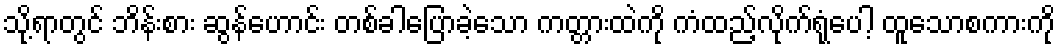
သို့ရာတွင် ဘိန်းစား ဆွန်ဟောင်း တစ်ခါပြောခဲ့သော ကတ္တားထဲကို ကံထည့်လိုက်ရုံပေါ့ ထူသောစကားကို